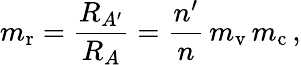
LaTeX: m_{\mathrm{r}}={\frac{R_{A^{\prime}}}{R_{A}}}={\frac{n^{\prime}}{n}}\, m_{\mathrm{v}}\, m_{\mathrm{c}}\, ,